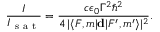
\frac { I } { I _ { \mathrm { ~ s ~ a ~ t ~ } } } = \frac { c \epsilon _ { 0 } \Gamma ^ { 2 } \hbar ^ { 2 } } { 4 \, | \langle F , m | \mathbf { d } | F ^ { \prime } , m ^ { \prime } \rangle | ^ { 2 } } .